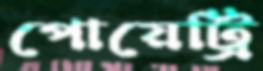
পোয়েট্রি